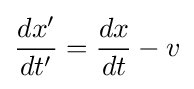
{\frac {dx'}{dt'}}={\frac {dx}{dt}}-v